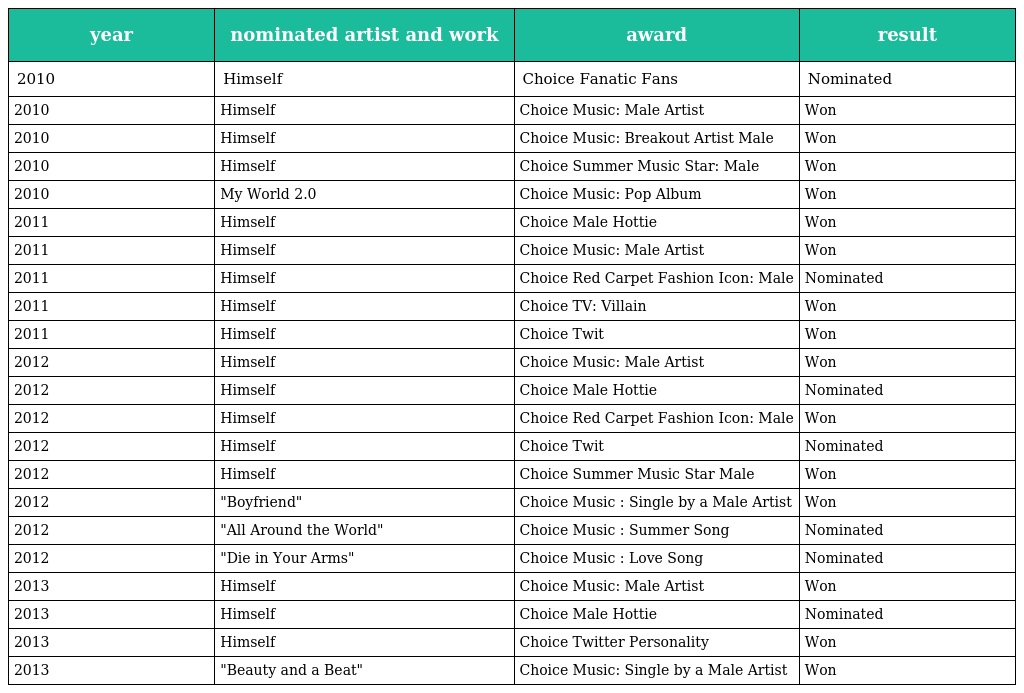
| year | nominated artist and work | award | result |
 | --- | --- | --- | --- |
 | 2010 | Himself | Choice Fanatic Fans | Nominated |
 | 2010 | Himself | Choice Music: Male Artist | Won |
 | 2010 | Himself | Choice Music: Breakout Artist Male | Won |
 | 2010 | Himself | Choice Summer Music Star: Male | Won |
 | 2010 | My World 2.0 | Choice Music: Pop Album | Won |
 | 2011 | Himself | Choice Male Hottie | Won |
 | 2011 | Himself | Choice Music: Male Artist | Won |
 | 2011 | Himself | Choice Red Carpet Fashion Icon: Male | Nominated |
 | 2011 | Himself | Choice TV: Villain | Won |
 | 2011 | Himself | Choice Twit | Won |
 | 2012 | Himself | Choice Music: Male Artist | Won |
 | 2012 | Himself | Choice Male Hottie | Nominated |
 | 2012 | Himself | Choice Red Carpet Fashion Icon: Male | Won |
 | 2012 | Himself | Choice Twit | Nominated |
 | 2012 | Himself | Choice Summer Music Star Male | Won |
 | 2012 | "Boyfriend" | Choice Music : Single by a Male Artist | Won |
 | 2012 | "All Around the World" | Choice Music : Summer Song | Nominated |
 | 2012 | "Die in Your Arms" | Choice Music : Love Song | Nominated |
 | 2013 | Himself | Choice Music: Male Artist | Won |
 | 2013 | Himself | Choice Male Hottie | Nominated |
 | 2013 | Himself | Choice Twitter Personality | Won |
 | 2013 | "Beauty and a Beat" | Choice Music: Single by a Male Artist | Won |